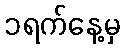
၁ရက်နေ့မှ